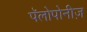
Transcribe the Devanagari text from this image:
पॅलोपोनीज़